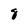
Character: 8